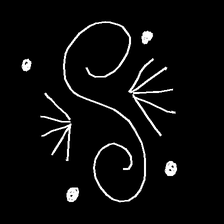
Glyph: aeroform